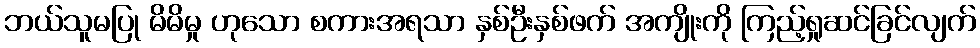
ဘယ်သူမပြု မိမိမှု ဟုသော စကားအရသာ နှစ်ဦးနှစ်ဖက် အကျိုးကို ကြည့်ရှုဆင်ခြင်လျက်